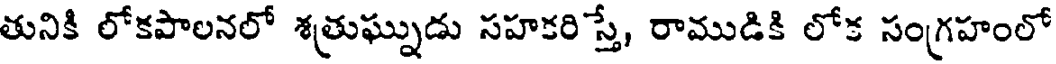
తునికి లోకపాలనలో శత్రుఘ్నుడు సహకరిస్తే, రాముడికి లోక సంగ్రహంలో